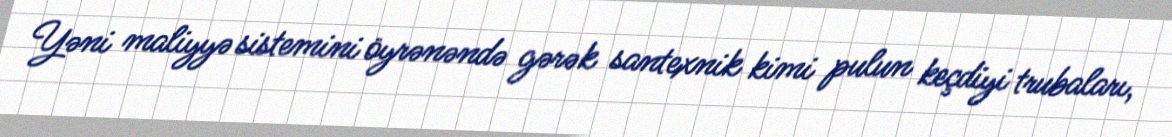
Yəni maliyyə sistemini öyrənəndə gərək santexnik kimi pulun keçdiyi trubaları,